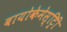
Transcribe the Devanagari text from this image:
बायोकेमेस्ट्रिी